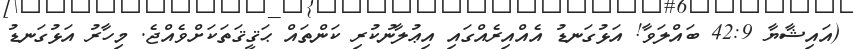
(އައިޝާޔާ 42:9 ބައްލަވާ! އަޅުގަނޑު އެއްއިރެއްގައި އިޢުލާނުކުރި ކަންތައް ޙަޤީޤަތަކަށްވެއްޖެ. މިހާރު އަޅުގަނޑު